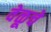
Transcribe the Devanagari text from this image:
वेळूचे